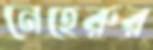
নেহেরুর